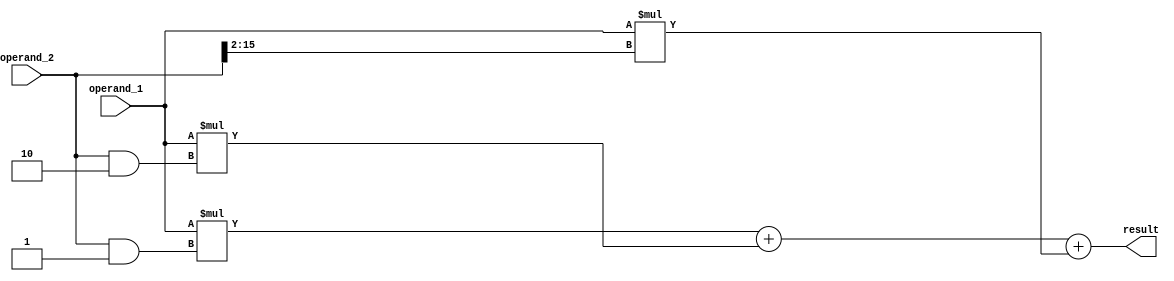
module CarrySaveMultiplier(
    input [15:0] operand_1,
    input [15:0] operand_2,
    output reg [31:0] result
);

reg [31:0] partial_product_1;
reg [31:0] partial_product_2;
reg [31:0] partial_product_3;

always @(*) begin
    // Calculate partial products
    partial_product_1 = operand_1 * (operand_2 & 2'b01);
    partial_product_2 = operand_1 * (operand_2 & 2'b10);
    partial_product_3 = operand_1 * (operand_2 >> 2);

    // Accumulate partial products using carry-save adders
    result = partial_product_1 + partial_product_2 + partial_product_3;
end

endmodule